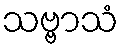
သဗ္ဗာသံ